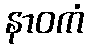
နာဝကံ